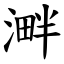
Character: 溿